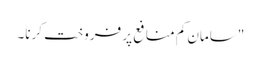
"سامان کم منافع پر فروخت کرنا۔